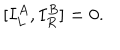
\lbrack { I _ { L } ^ { A } , I _ { R } ^ { B } ] } = 0 .